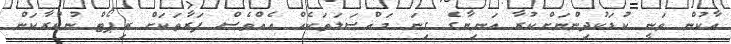
އާކުން ވަނީ ކުޑަކުދިންނަށްކުރާ އަނިޔާގެ ގިނަ މައްސަލަތަކެއް އެއްވެސް ފަރާތަކަށް ރިޕޯޓް ނުކުރާކަން